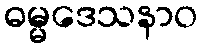
ဓမ္မဒေသနာဝ